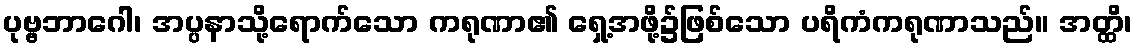
ပုဗ္ဗဘာဂေါ၊ အပ္ပနာသို့ရောက်သော ကရုဏာ၏ ရှေ့အဖို့၌ဖြစ်သော ပရိကံကရုဏာသည်။ အတ္ထိ၊